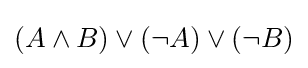
(A\land B)\lor (\lnot A)\lor (\lnot B)